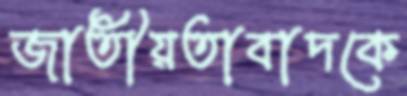
জাতীয়তাবাদকে